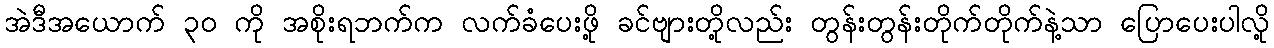
အဲဒီအယောက် ၃၀ ကို အစိုးရဘက်က လက်ခံပေးဖို့ ခင်ဗျားတို့လည်း တွန်းတွန်းတိုက်တိုက်နဲ့သာ ပြောပေးပါလို့